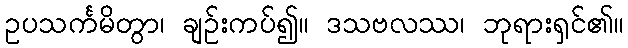
ဥပသင်္ကမိတွာ၊ ချဉ်းကပ်၍။ ဒသဗလဿ၊ ဘုရားရှင်၏။